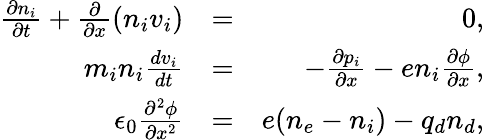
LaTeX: \begin{array}{rlr}{\frac{\partial n_{i}}{\partial t}+\frac{\partial}{\partial x}(n_{i}v_{i})}&{=}&{0,}\\ {m_{i}n_{i}\frac{dv_{i}}{dt}}&{=}&{-\frac{\partial p_{i}}{\partial x}-en_{i}\frac{\partial\phi}{\partial x},}\\ {\epsilon_{0}\frac{\partial^{2}\phi}{\partial x^{2}}}&{=}&{e(n_{e}-n_{i})-q_{d}n_{d},}\end{array}